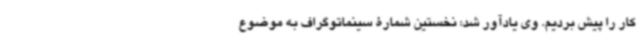
کار را پیش بردیم. وی یادآور شد: نخستین شمارۀ سینماتوگراف به موضوع